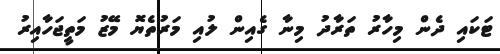
ޓަކައި ދެން މިހާރު ތަރާދު މިނާ ގެއިން ލުއި މަރުތެޔޮ މޭޒު މަތީޖަހާއިރު